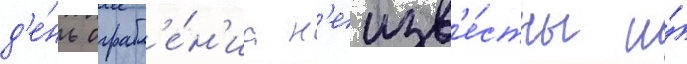
д'е́нь ограбл'е́н'иа н'еизв'е́стны и́